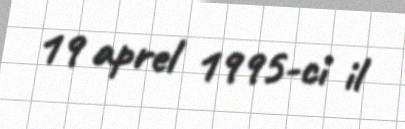
19 aprel 1995-ci il